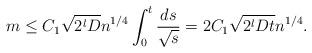
LaTeX: \begin{align*} m\le C_1\sqrt{2^lD} n^{1/4}\int_0^t \frac{ds}{\sqrt{s}} = 2C_1\sqrt{ 2^lDt} n^{1/4}.\end{align*}